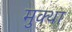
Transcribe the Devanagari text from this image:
मुक्था